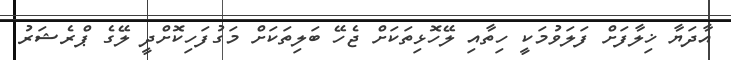
އާދަޔާ ޚިލާފަށް ފަލަވުމަކީ ހިތާއި ލޭހޮޅިތަކަށް ޖެހޭ ބަލިތަކަށް މަގުފަހިކޮށްދީ ލޭގެ ޕްރެޝަރު